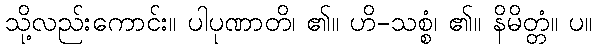
သို့လည်းကောင်း။ ပါပုဏာတိ၊ ၏။ ဟိ-သစ္စံ၊ ၏။ နိမိတ္တံ။ ပ။